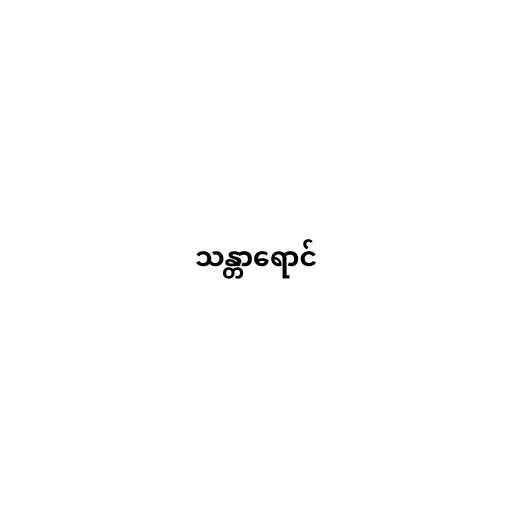
သန္တာရောင်